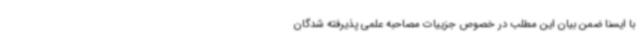
با ایسنا ضمن بیان این مطلب در خصوص جزییات مصاحبه علمی پذیرفته شدگان